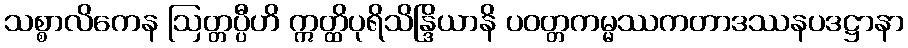
သစ္စာလိကေန ဩတ္တပ္ပီဟိ ဣတ္ထိပုရိသိန္ဒြိယာနိ ပဝတ္တကမ္မဿကတာဒဿနပဒဋ္ဌာနာ